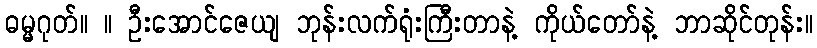
ဓမ္မဂုတ်။ ။ ဦးအောင်ဇေယျ ဘုန်းလက်ရုံးကြီးတာနဲ့ ကိုယ်တော်နဲ့ ဘာဆိုင်တုန်း။